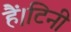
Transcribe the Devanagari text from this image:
हैं।टिनी